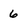
Character: 6